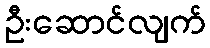
ဦးဆောင်လျက်